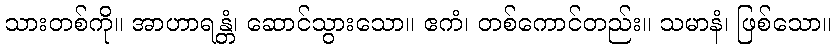
သားတစ်ကို။ အာဟာရန္တံ၊ ဆောင်သွားသော။ ဧကံ၊ တစ်ကောင်တည်း။ သမာနံ၊ ဖြစ်သော။